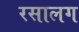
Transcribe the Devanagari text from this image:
रसालग